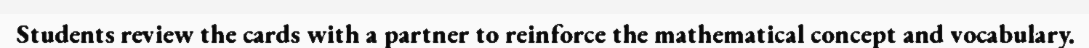
Students review the cards with a partner to reinforce the mathematical concept and vocabulary.